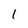
Character: l